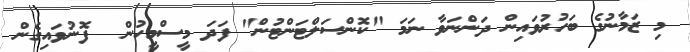
މި ޒަމާނުގެ ބަހުރުވައިން ދަންނަވާ ނަމަ "ކޮންސަލްޓަންޓުން" ފަދަ މީސްމީހުން  ފޮނުވައިގެން